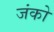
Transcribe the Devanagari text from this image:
जंको